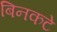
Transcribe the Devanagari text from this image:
बिनकटे